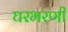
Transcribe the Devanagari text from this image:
घरभरणी